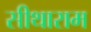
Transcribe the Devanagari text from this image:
सीथाराम